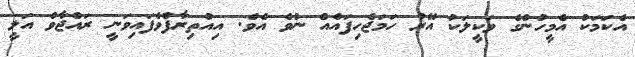
އެކަމަކު އެމީހުންގެ ވަކީލަކު އޭރު ހަމަޖެހިފައެއް ނުވެ އެވެ. އިއުތިރާފްވެފައިވަނީ ރައްޖާވް އަލީ